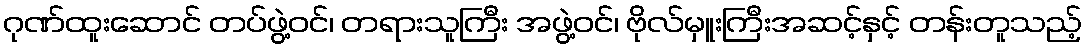
ဂုဏ်ထူးဆောင် တပ်ဖွဲ့ဝင်၊ တရားသူကြီး အဖွဲ့ဝင်၊ ဗိုလ်မှူးကြီးအဆင့်နှင့် တန်းတူသည့်